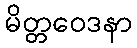
မိတ္တဝေဒနာ